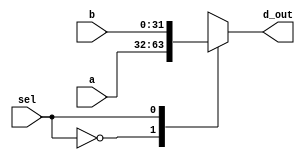
module _2_to_1_MUX(a,b,sel,d_out);//2 to 1 MUX
	input [31:0]a,b;//2 32bit inputs 
	input sel;//3bit sel
	output reg[31:0]d_out;//32bit output reg
	
	always@(sel,a,b) begin//Assign appropriate output 
		case(sel)
			1'b0: d_out<=a;
			1'b1: d_out<=b;
			default:d_out<=32'hx;//default
		endcase//endcase
	end
endmodule